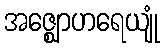
အဇ္ဈောဟရေယျုံ